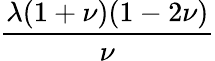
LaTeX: \frac{\lambda(1+\nu)(1-2\nu)}{\nu}